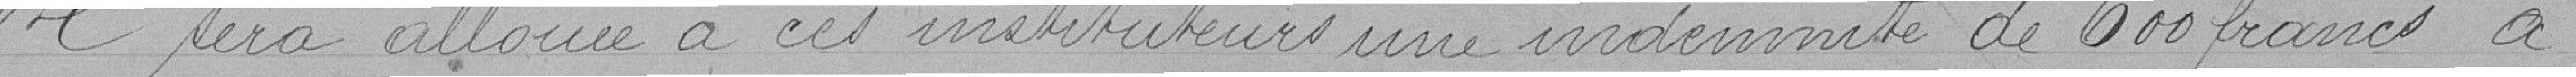
Il sera alloué à ces instituteurs une indemnité de 600 francs à